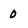
Character: 0